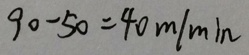
9 0 - 5 0 = 4 0 m / \min